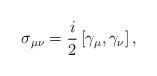
LaTeX: \begin{align*}\sigma_{\mu \nu}=\frac{i}{2}\left[ \gamma_{\mu},\gamma_{\nu}\right],\end{align*}